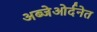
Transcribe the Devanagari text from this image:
अब्जेओर्दनेत